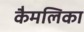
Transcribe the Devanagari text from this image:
कैमलिका